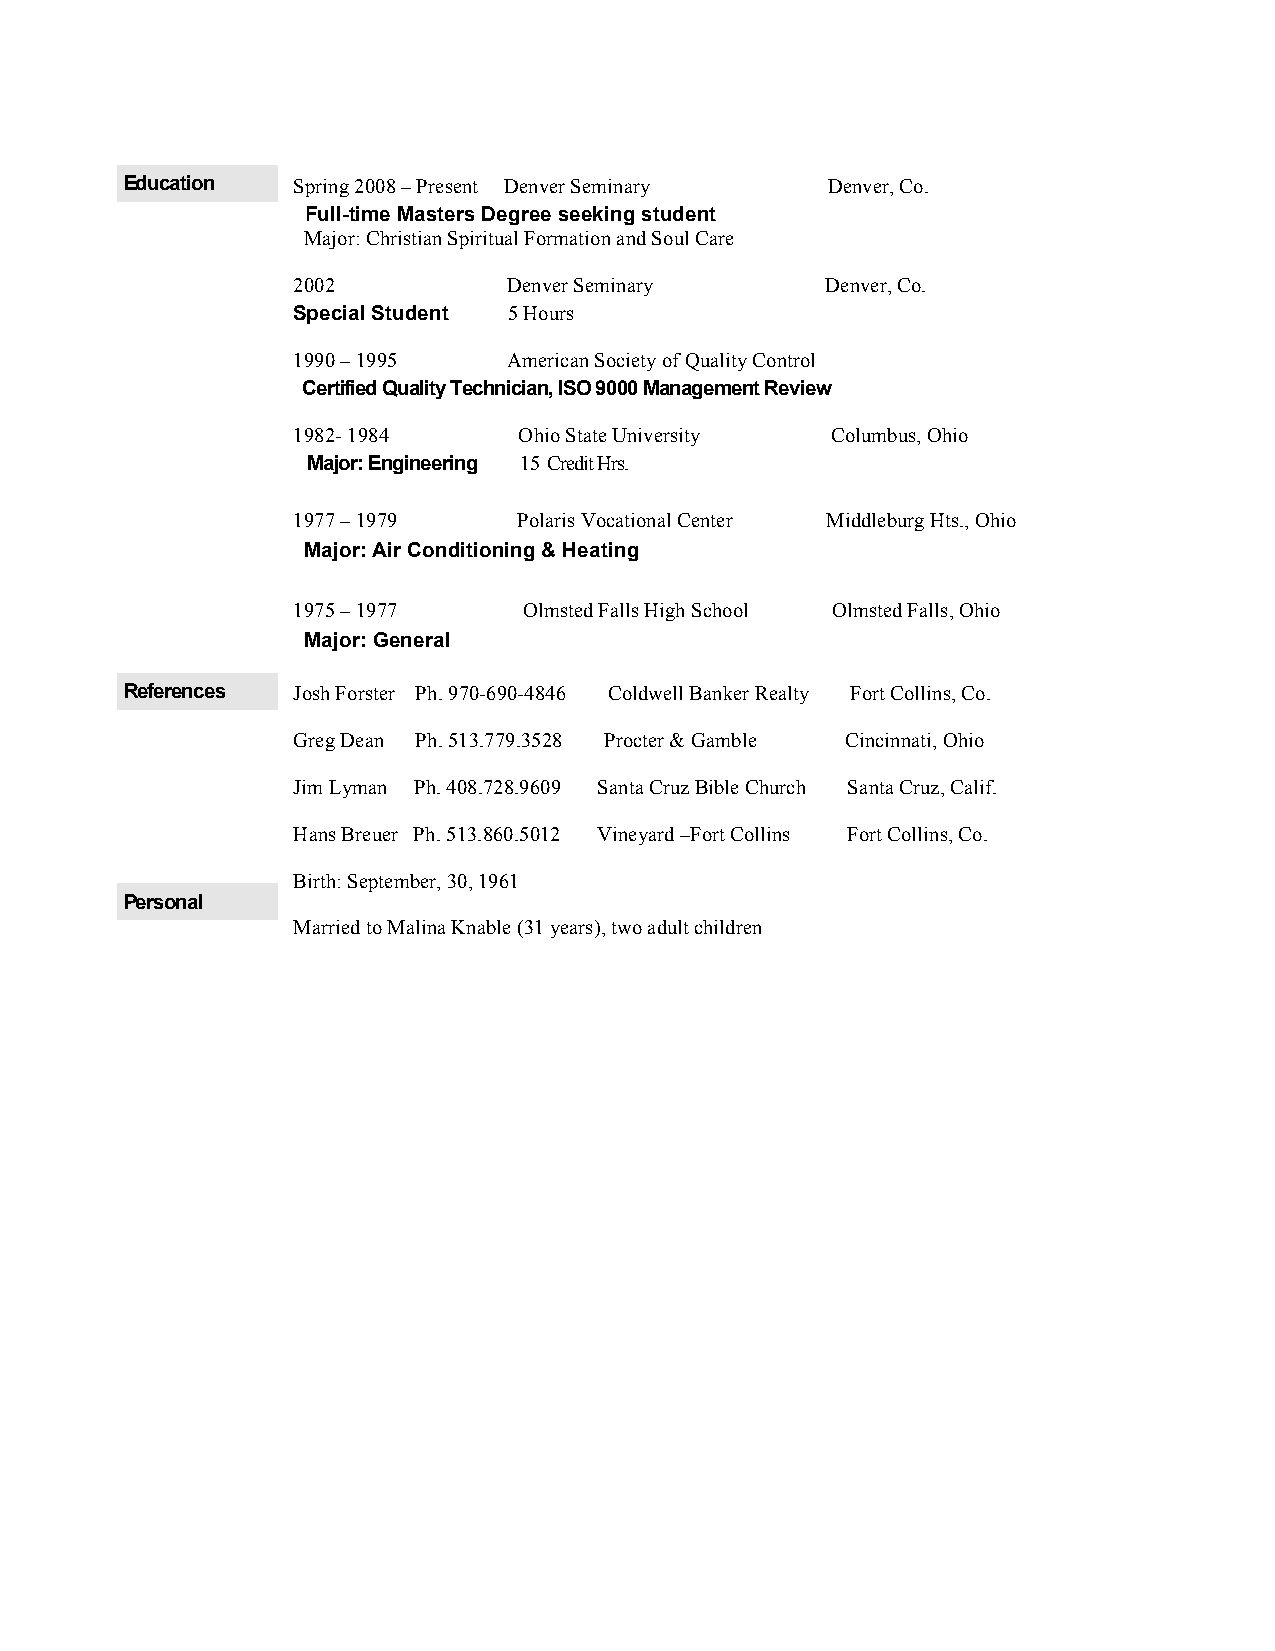
Education  Spring 2008 – Present Denver Seminary Denver, Co.
 Full-time Masters Degree seeking student
 Major: Christian Spiritual Formation and Soul Care
 2002           Denver Seminary      Denver, Co.
 Special Student 5 Hours
 1990 – 1995    American Society of Quality Control
 Certified Quality Technician, ISO 9000 Management Review
 1982- 1984     Ohio State University Columbus, Ohio
 Major: Engineering 15 Credit Hrs.
 1977 – 1979    Polaris Vocational Center Middleburg Hts., Ohio
 Major: Air Conditioning & Heating
 1975 – 1977     Olmsted Falls High School Olmsted Falls, Ohio
 Major: General
 References Josh Forster Ph. 970-690-4846 Coldwell Banker Realty Fort Collins, Co.
 Greg Dean Ph. 513.779.3528 Procter & Gamble Cincinnati, Ohio
 Jim Lyman Ph. 408.728.9609 Santa Cruz Bible Church Santa Cruz, Calif.
 Hans Breuer Ph. 513.860.5012 Vineyard –Fort Collins Fort Collins, Co.
 Birth: September, 30, 1961
 Personal
 Married to Malina Knable (31 years), two adult children